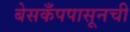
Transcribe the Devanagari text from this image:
बेसकँपपासूनची